Leaving Certificate Examination (including Day School Certificate (Higher) General paper), 1935
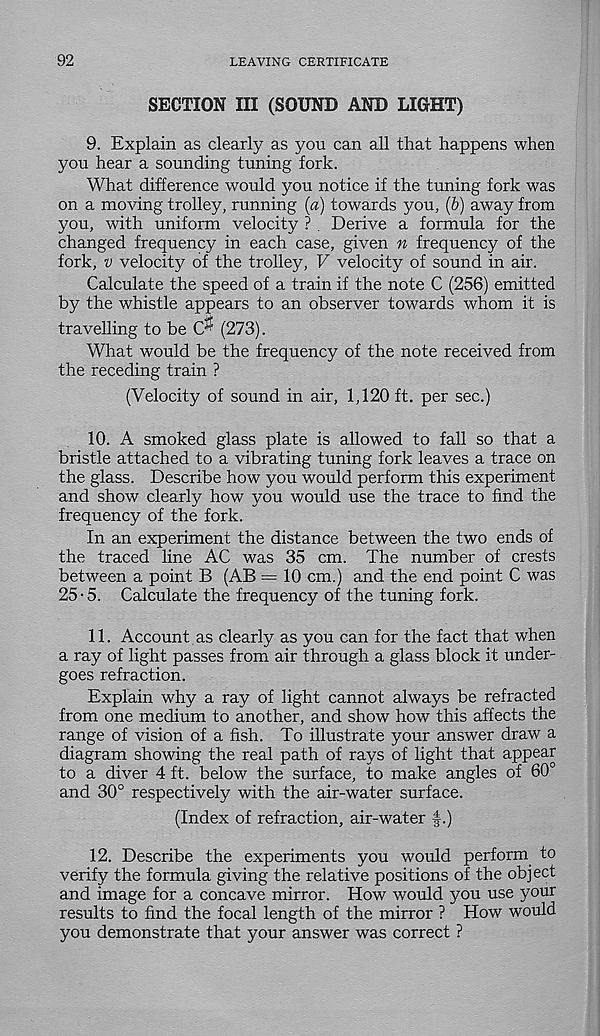
92
LEAVING CERTIFICATE
SECTION III (SOUND AND LIGHT)
9. Explain as clearly as you can all that happens when
you hear a sounding tuning fork.
What difference would you notice if the tuning fork was
on a moving trolley, running {a) towards you, (b) away from
you, with uniform velocity ? Derive a formula for the
changed frequency in each case, given n frequency of the
fork, v velocity of the trolley, V velocity of sound in air.
Calculate the speed of a train if the note C (256) emitted
by the whistle appears to an observer towards whom it is
travelling to be W (273).
What would be the frequency of the note received from
the receding train ?
(Velocity of sound in air, 1,120 ft. per sec.)
10. A smoked glass plate is allowed to fall so that a
bristle attached to a vibrating tuning fork leaves a trace on
the glass. Describe how you would perform this experiment
and show clearly how you would use the trace to find the
frequency of the fork.
In an experiment the distance between the two ends of
the traced line AC was 35 cm. The number of crests
between a point B (AB = 10 cm.) and the end point C was
25-5. Calculate the frequency of the tuning fork.
11. Account, as clearly as you can for the fact that when
a ray of light passes from air through a glass block it under-
goes refraction.
Explain why a ray of light cannot always be refracted
from one medium to another, and show how this affects the
range of vision of a fish. To illustrate your answer draw a
diagram showing the real path of rays of light that appear
to a diver 4 ft. below the surface, to make angles of 60°
and 30° respectively with the air-water surface.
(Index of refraction, air-water f.)
12. Describe the experiments you would perform to
verify the formula giving the relative positions of the object
and image for a concave mirror. How would you use your
results to find the focal length of the mirror ? How would
you demonstrate that your answer was correct ?